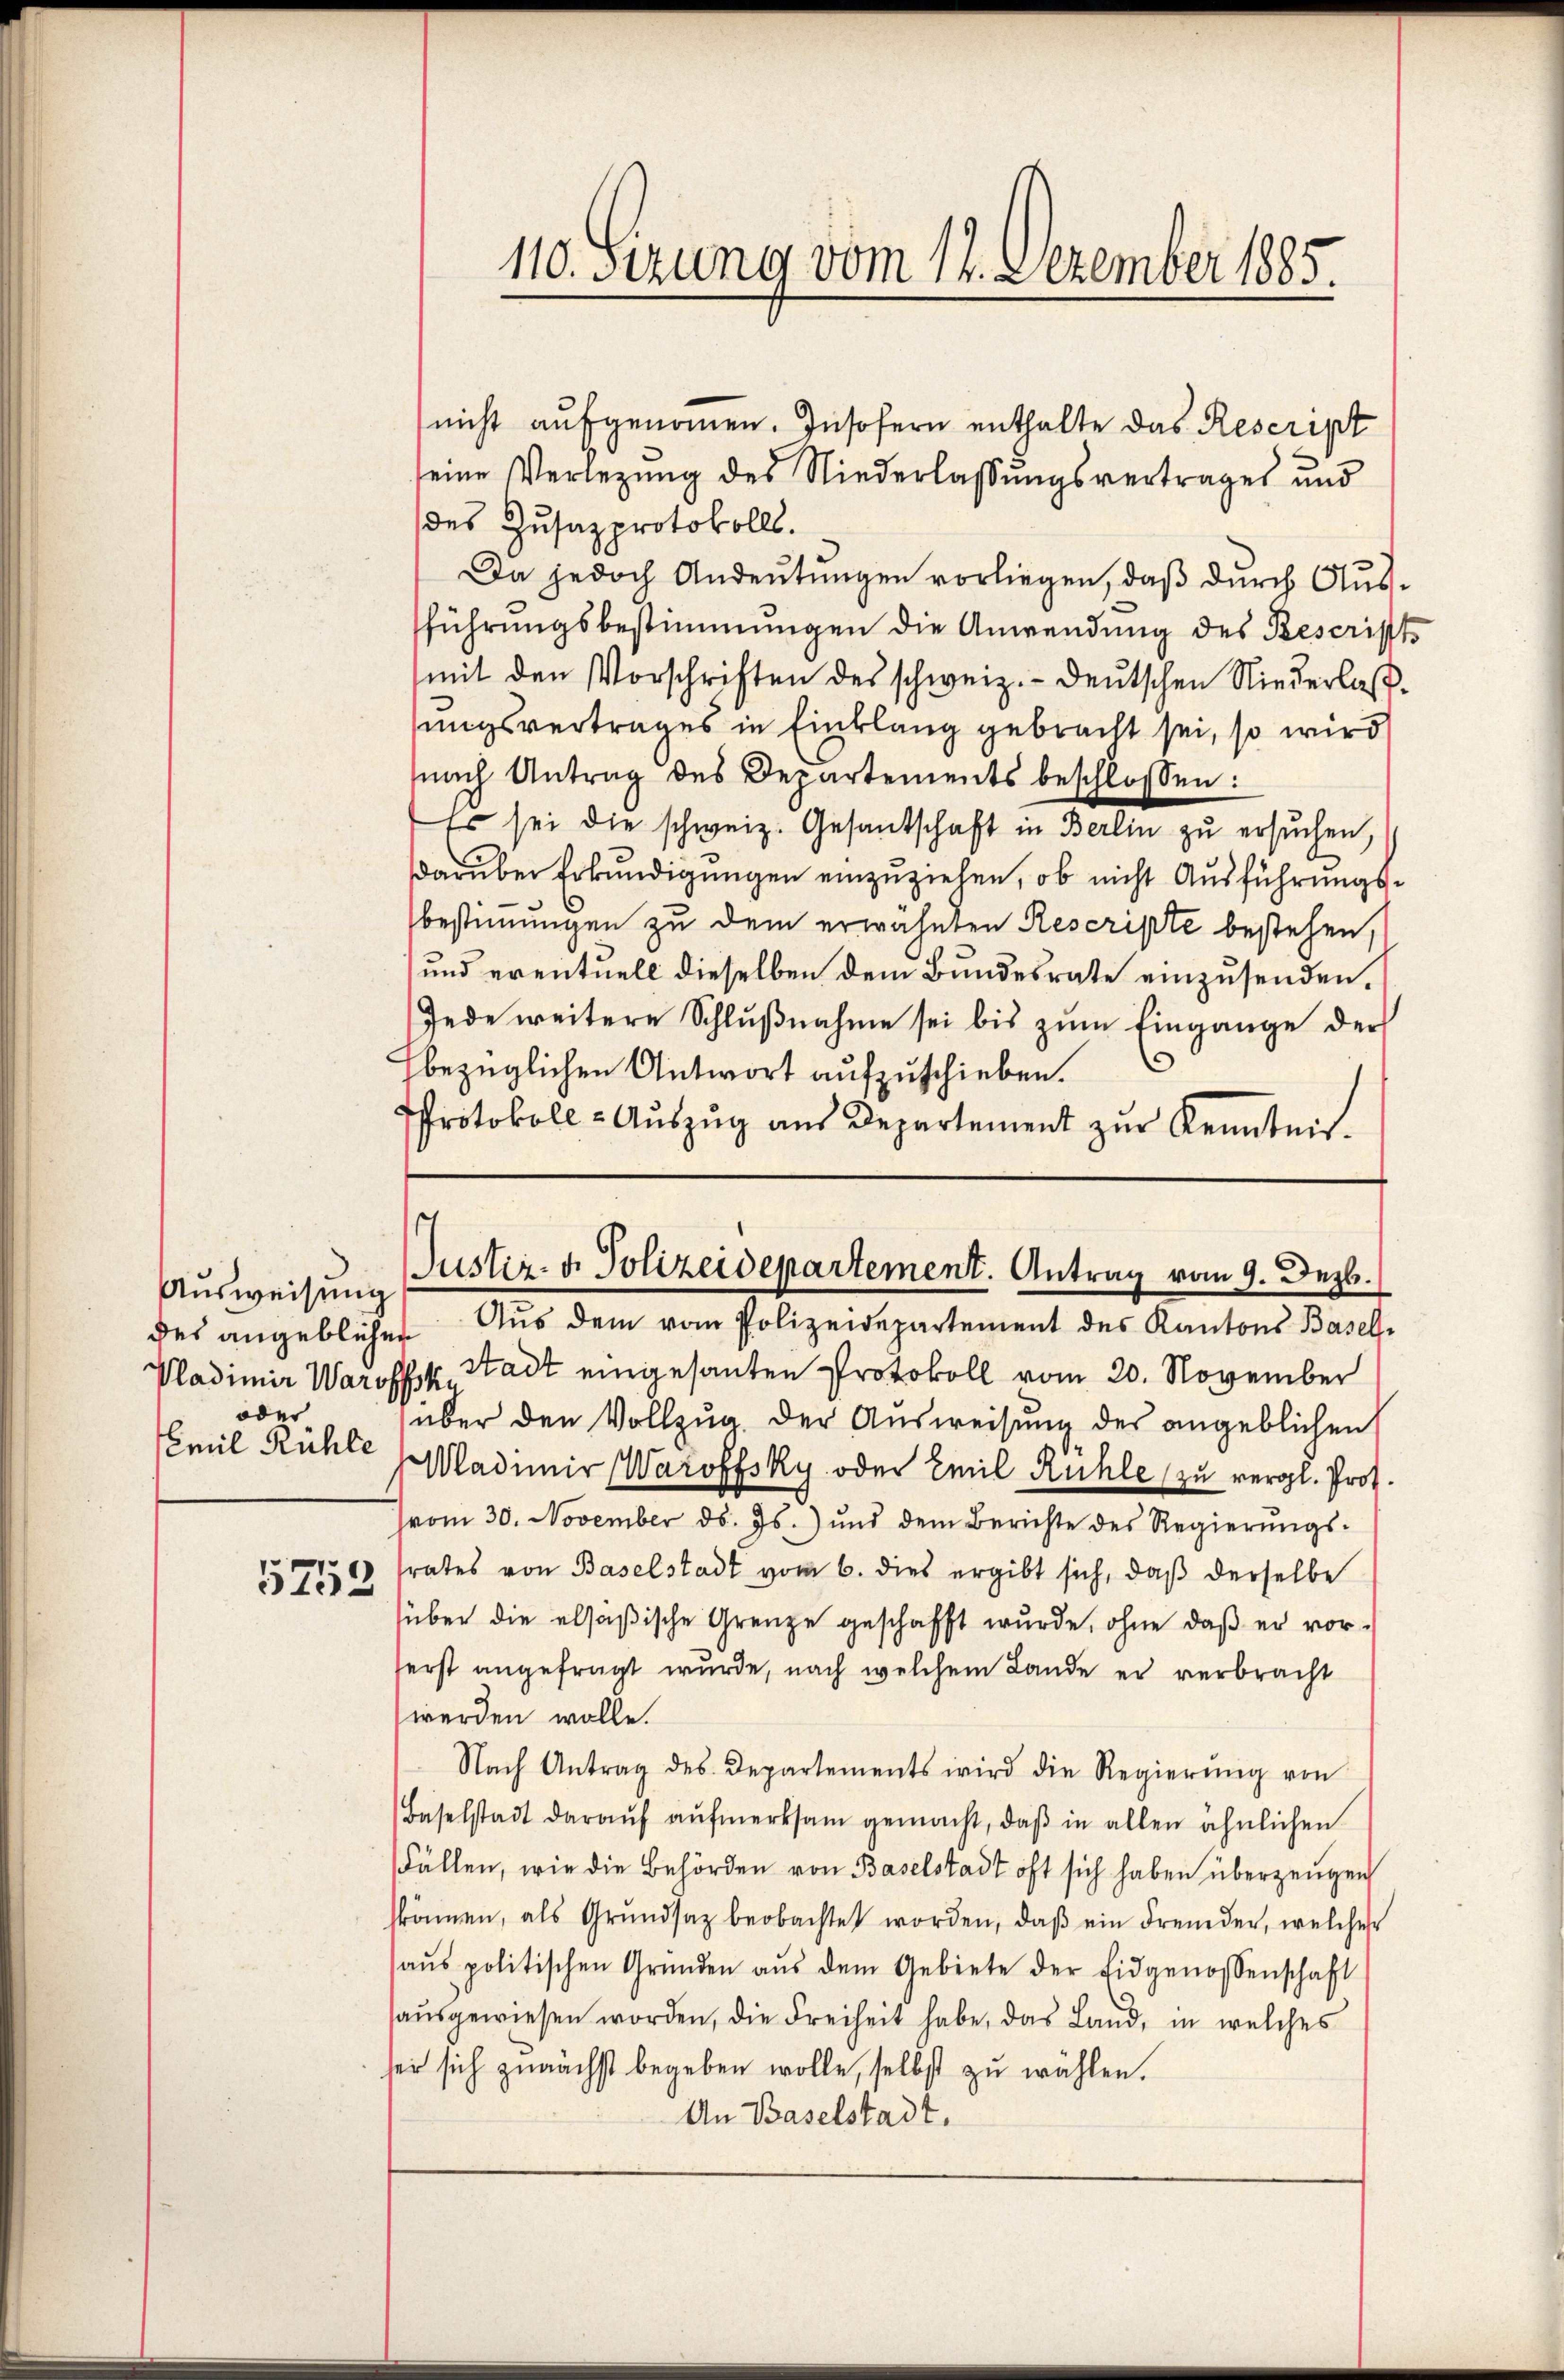
Ausweisung
oder

5252

nicht aufgenommen. Insofern enthalte das Rescript
seine Verlegung des Niederlassungsvertrages und
des Zusatzprotokolls.
Da jedoch Andeutungen vorliegen, daß durch Aussführungsbestimmungen die Anwendung des Rescripts
mit den Vorschriften des schweiz.- deutschen Niederlas
sungsvertrages in Einklang gebracht sei, so wird
nach Antrag des Departements beschlossen:
Es sei die schweiz. Gesantschaft in Berlin zu ersuchen,
darüber Erkundigungen einzuziehen, ob nicht Ausführungsbestimmungen zu dem erwähnten Rescripte bestehen,
und eventuell dieselben dem Bundesrate einzusenden.
Jede weitere Schlußnahme sei bis zum Eingange der
hbezüglichen Antwort aufzuschieben.
Protokoll-Aŭszŭg aŭs Departement zŭr Kenntnis.

110. Sizung vom 12. Dezember 1885.

Justiz- u. Polizeidepartement. Antrag vom 9. Dez.

des angeblicher Aus dem vom Polizeidepartement des Kantons Basel-
Pladimir Waroffe, Stadt eingesanten Protokoll vom 20. November
über den Vollzug. Der Ausweisung des angeblichen
Ceel Rühle (Madimir Warofsky oder Emil Rühle zu vergl. Prof.
vom 30. November d. Js.) und dem Berichte des Regierŭngs-
srates von Baselstadt vom 6. dies ergibt sich, daß derselbe
süber die elsäßische Grenze geschafft wurde, ohne daß er vor-
serst angefragt wurde, nach welchem Lande er verbracht
werden wolle.
Nach Antrag des Departements wird die Regierŭng von
Baselstadt daraŭf aŭfmerksam gemacht, daβ in allen ähnlichen
Fällen, wie die Behörden von Baselstadt oft sich haben überzeugen
skämen, als Grŭndsatz beobachtet worden, daβ ein Fremder, welcher
aŭs politischen Gründen aŭs dem Gebiete der Eidgenossenschaft
sausgewiesen worden, die Freiheit habe, das Land, in welches
ser sich zunächst begeben wolle, selbst zu wählen.
An Baselstadt.